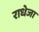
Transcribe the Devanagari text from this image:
राधेजा